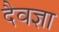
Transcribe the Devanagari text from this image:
दैवज्ञा